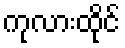
ကုလားထိုင်